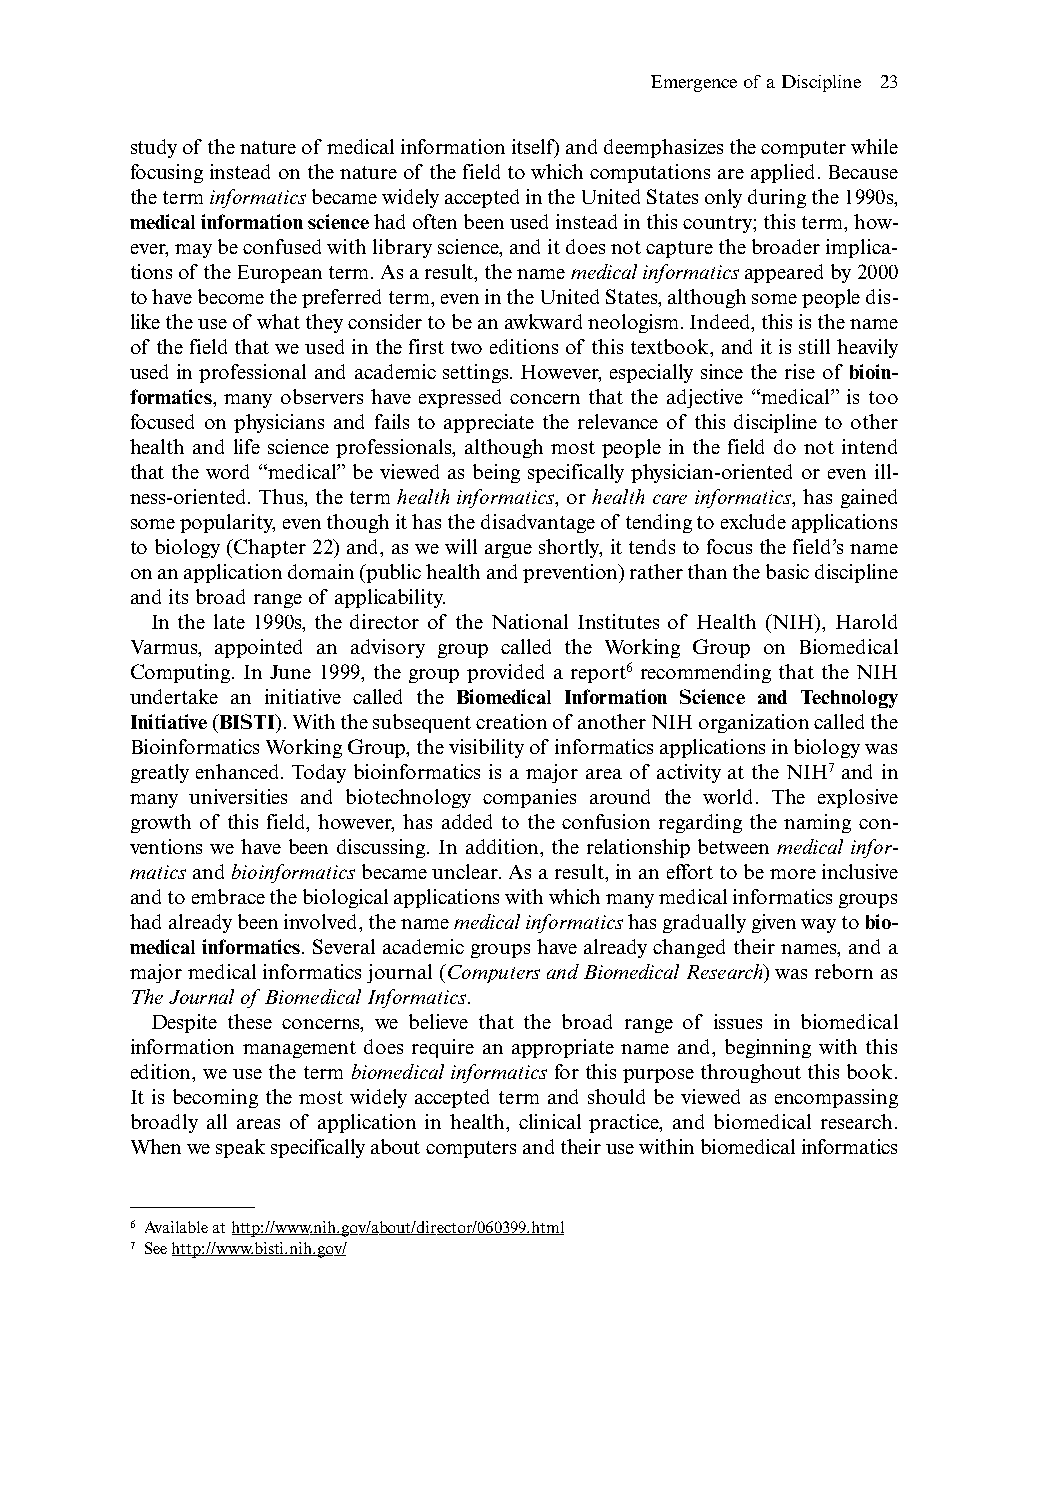
Emergence of a Discipline 23
 study of the nature of medical information itself) and deemphasizes the computer while
 focusing instead on the nature of the field to which computations are applied.Because
 the term informaticsbecame widely accepted in the United States only during the 1990s,
 medical information sciencehad often been used instead in this country;this term,how-
 ever,may be confused with library science,and it does not capture the broader implica-
 tions of the European term.As a result,the name medical informaticsappeared by 2000
 to have become the preferred term,even in the United States,although some people dis-
 like the use of what they consider to be an awkward neologism.Indeed,this is the name
 of the field that we used in the first two editions of this textbook,and it is still heavily
 used in professional and academic settings. However, especially since the rise of bioin-
 formatics, many observers have expressed concern that the adjective “medical” is too
 focused on physicians and fails to appreciate the relevance of this discipline to other
 health and life science professionals, although most people in the field do not intend
 that the word “medical”be viewed as being specifically physician-oriented or even ill-
 ness-oriented. Thus, the term health informatics, or health care informatics, has gained
 some popularity,even though it has the disadvantage of tending to exclude applications
 to biology (Chapter 22) and,as we will argue shortly,it tends to focus the field’s name
 on an application domain (public health and prevention) rather than the basic discipline
 and its broad range of applicability.
 In the late 1990s, the director of the National Institutes of Health (NIH), Harold
 Varmus, appointed an advisory group called the Working Group on Biomedical
 Computing. In June 1999, the group provided a report6 recommending that the NIH
 undertake an initiative called the Biomedical Information Science and Technology
 Initiative(BISTI).With the subsequent creation of another NIH organization called the
 Bioinformatics Working Group,the visibility of informatics applications in biology was
 greatly enhanced. Today bioinformatics is a major area of activity at the NIH7 and in
 many universities and biotechnology companies around the world. The explosive
 growth of this field, however, has added to the confusion regarding the naming con-
 ventions we have been discussing. In addition, the relationship between medical infor-
 maticsandbioinformaticsbecame unclear.As a result,in an effort to be more inclusive
 and to embrace the biological applications with which many medical informatics groups
 had already been involved,the name medical informaticshas gradually given way to bio-
 medical informatics.Several academic groups have already changed their names,and a
 major medical informatics journal (Computers and Biomedical Research) was reborn as
 The Journal of Biomedical Informatics.
 Despite these concerns, we believe that the broad range of issues in biomedical
 information management does require an appropriate name and, beginning with this
 edition, we use the term biomedical informatics for this purpose throughout this book.
 It is becoming the most widely accepted term and should be viewed as encompassing
 broadly all areas of application in health, clinical practice, and biomedical research.
 When we speak specifically about computers and their use within biomedical informatics
 6 Available at http://www.nih.gov/about/director/060399.html
 7 See http://www.bisti.nih.gov/